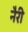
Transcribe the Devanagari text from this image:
नैरी